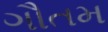
ગૌતમ